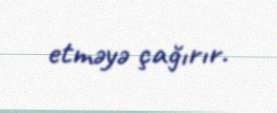
etməyə çağırır.